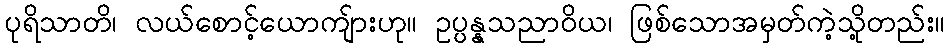
ပုရိသာတိ၊ လယ်စောင့်ယောကျ်ားဟု။ ဥပ္ပန္နသညာဝိယ၊ ဖြစ်သောအမှတ်ကဲ့သို့တည်း။